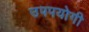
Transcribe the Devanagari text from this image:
उपपयोगी